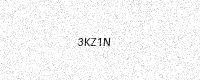
Text: 3KZ1N